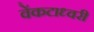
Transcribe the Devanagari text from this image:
वेंकटाध्वरी